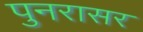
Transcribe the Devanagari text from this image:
पुनरासर